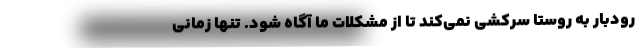
رودبار به روستا سرکشی نمی‌کند تا از مشکلات ما آگاه شود. تنها زمانی